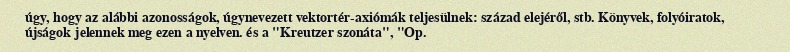
úgy, hogy az alábbi azonosságok, úgynevezett vektortér-axiómák teljesülnek: század elejéről, stb. Könyvek, folyóiratok, újságok jelennek meg ezen a nyelven. és a "Kreutzer szonáta", "Op.